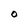
Character: O